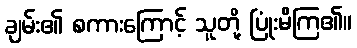
ချမ်း၏ စကားကြောင့် သူတို့ ပြုံးမိကြ၏။